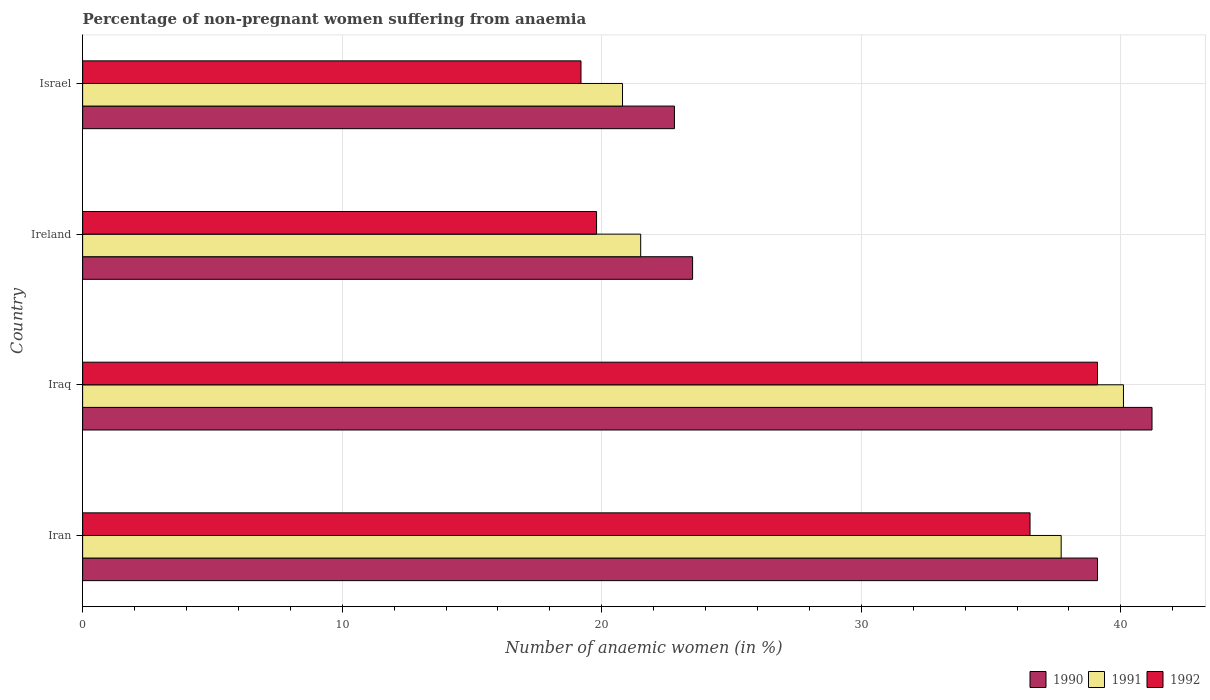
| Country | 1990 | 1991 | 1992 |
 | --- | --- | --- | --- |
 | Iran | 39.1 | 37.7 | 36.5 |
 | Iraq | 41.2 | 40.1 | 39.1 |
 | Ireland | 23.5 | 21.5 | 19.8 |
 | Israel | 22.8 | 20.8 | 19.2 |